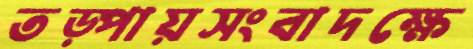
তড়্‌পায়সংবাদক্ষে